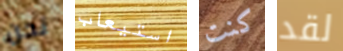
نحن استيعاب كنت لقد